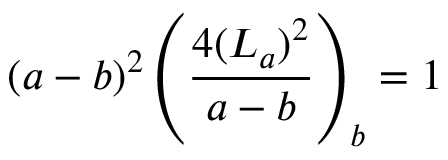
( a - b ) ^ { 2 } \left( \frac { 4 ( L _ { a } ) ^ { 2 } } { a - b } \right) _ { b } = 1